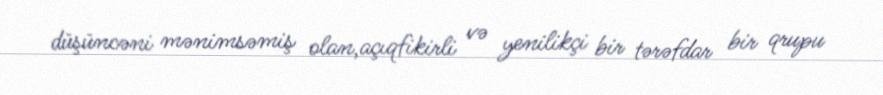
düşüncəni mənimsəmiş olan,açıqfikirli və yenilikçi bir tərəfdar bir qrupu